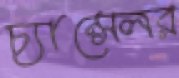
চ্যান্সেলর